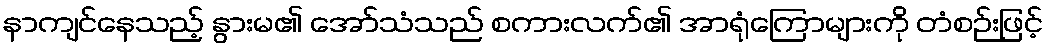
နာကျင်နေသည့် နွားမ၏ အော်သံသည် စကားလက်၏ အာရုံကြောများကို တံစဉ်းဖြင့်